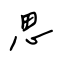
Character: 思